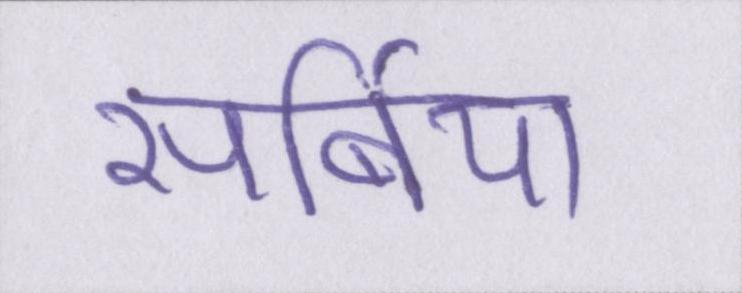
सर्बिया